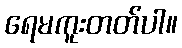
ရေမကူးတတ်ပါ။